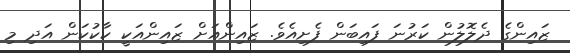
ޒައިންގެ ދެލޮލުން ކަރުނަ ފައިބަން ފެށިއެވެ. ޒައިންއަށް ޒައިންއަކީ ކާކުކަން އަދި މި